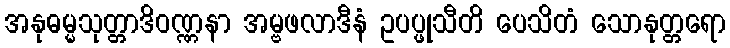
အနုဓမ္မသုတ္တာဒိဝဏ္ဏနာ အမ္ဗဖလာဒီနံ ဥပပ္ဖုသီတိ ပေသိတံ သောနုတ္တရော